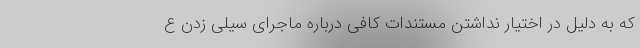
که به دلیل در اختیار نداشتن مستندات کافی درباره ماجرای سیلی زدن ع